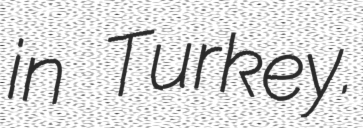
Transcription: in Turkey.